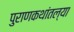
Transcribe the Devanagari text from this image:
पुराणकथांतल्या